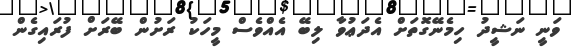
ވަނީ ނަޝީދު ހިމެނޭގޮތަށް އެދަޢުވާ ލިބޭ އެއްވެސް މީހަކު ރަށުން ބޭރަށް ފުރައިގެން